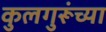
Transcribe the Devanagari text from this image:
कुलगुरूंच्या